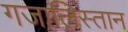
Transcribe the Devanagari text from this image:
गजालिस्तान